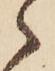
ゝ